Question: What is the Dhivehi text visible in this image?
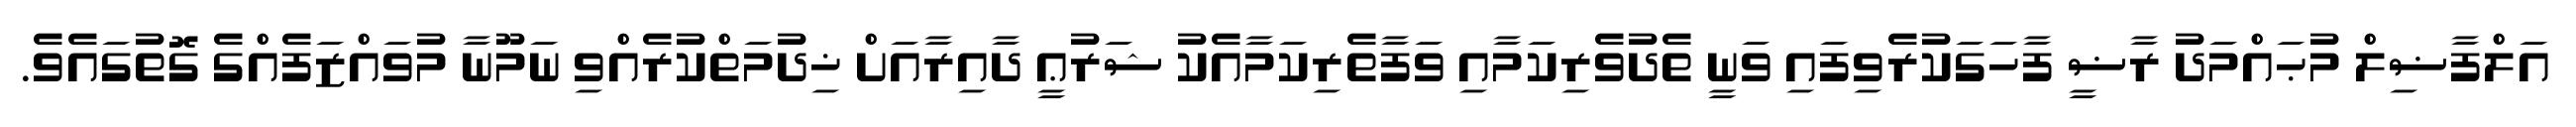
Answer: އަލްފާޟިލް މުޙައްމަދު ރާޟީ ފާހަގަކުރެވިފައި ވަނީ ތެދުވެރިކަމާއި ވަފާތެރިކަމާއެކު ޝަރުޢީ ދާއިރާއަށް ޚިދުމަތްކުރެއްވި ނަމޫނާ މުވައްޒަފެއްގެ ގޮތުގައެވެ.